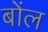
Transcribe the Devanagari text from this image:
बोंल